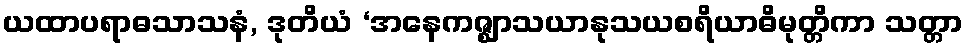
ယထာပရာဓသာသနံ, ဒုတိယံ ‘အနေကဇ္ဈာသယာနုသယစရိယာဓိမုတ္တိကာ သတ္တာ